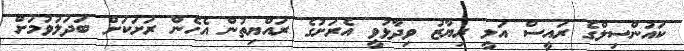
ކައުންސިލްގެ ރައީސް އަލީ ރިޔާޒު ވިދާޅުވީ އެރަށުގެ ރައްޔިތުން އެހެން ރަށަކަށް ބަދަލުވުމަށް